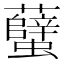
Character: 𧕏